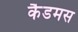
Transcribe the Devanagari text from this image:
कैडमस